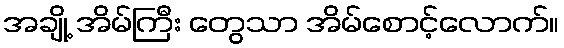
အချို့ အိမ်ကြီး တွေသာ အိမ်စောင့်လောက်။